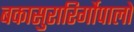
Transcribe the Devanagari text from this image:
बकासुरारिर्गोपालो